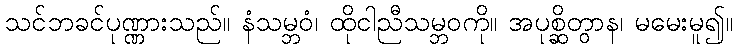
သင်ဘခင်ပုဏ္ဏားသည်။ နံသမ္ဘဝံ၊ ထိုငါညီသမ္ဘဝကို။ အပုစ္ဆိတွာန၊ မမေးမူ၍။